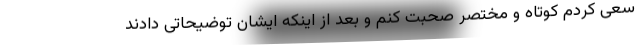
سعی کردم کوتاه و مختصر صحبت کنم و بعد از اینکه ایشان توضیحاتی دادند